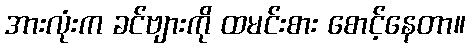
အားလုံးက ခင်ဗျားကို ထမင်းစား စောင့်နေတာ။